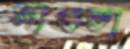
সাওতা